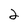
Character: 2